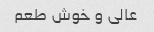
عالی و خوش طعم